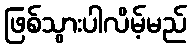
ဖြစ်သွားပါလိမ့်မည်